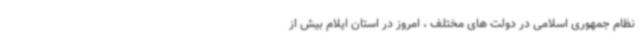
نظام جمهوری اسلامی در دولت های مختلف ، امروز در استان ایلام بیش از